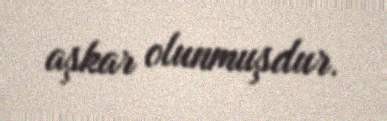
aşkar olunmuşdur.